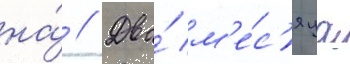
на́ // Два́ м'е́с'яца